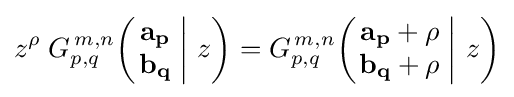
z^{\rho }\;G_{p,q}^{\,m,n}\!\left(\left.{\begin{matrix}\mathbf {a_{p}} \\\mathbf {b_{q}} \end{matrix}}\;\right|\,z\right)=G_{p,q}^{\,m,n}\!\left(\left.{\begin{matrix}\mathbf {a_{p}} +\rho \\\mathbf {b_{q}} +\rho \end{matrix}}\;\right|\,z\right)